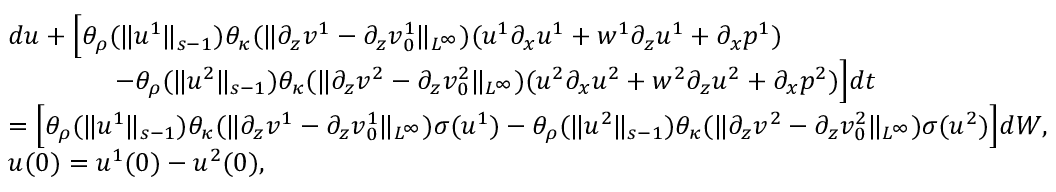
\begin{array} { r l } & { d u + \Big [ \theta _ { \rho } ( \| u ^ { 1 } \| _ { s - 1 } ) \theta _ { \kappa } ( \| \partial _ { z } v ^ { 1 } - \partial _ { z } v _ { 0 } ^ { 1 } \| _ { L ^ { \infty } } ) ( u ^ { 1 } \partial _ { x } u ^ { 1 } + w ^ { 1 } \partial _ { z } u ^ { 1 } + \partial _ { x } p ^ { 1 } ) } \\ & { \qquad \qquad - \theta _ { \rho } ( \| u ^ { 2 } \| _ { s - 1 } ) \theta _ { \kappa } ( \| \partial _ { z } v ^ { 2 } - \partial _ { z } v _ { 0 } ^ { 2 } \| _ { L ^ { \infty } } ) ( u ^ { 2 } \partial _ { x } u ^ { 2 } + w ^ { 2 } \partial _ { z } u ^ { 2 } + \partial _ { x } p ^ { 2 } ) \Big ] d t } \\ & { = \Big [ \theta _ { \rho } ( \| u ^ { 1 } \| _ { s - 1 } ) \theta _ { \kappa } ( \| \partial _ { z } v ^ { 1 } - \partial _ { z } v _ { 0 } ^ { 1 } \| _ { L ^ { \infty } } ) \sigma ( u ^ { 1 } ) - \theta _ { \rho } ( \| u ^ { 2 } \| _ { s - 1 } ) \theta _ { \kappa } ( \| \partial _ { z } v ^ { 2 } - \partial _ { z } v _ { 0 } ^ { 2 } \| _ { L ^ { \infty } } ) \sigma ( u ^ { 2 } ) \Big ] d W , } \\ & { u ( 0 ) = u ^ { 1 } ( 0 ) - u ^ { 2 } ( 0 ) , } \end{array}